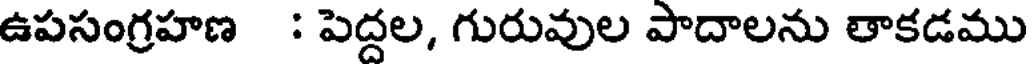
ఉపసంగ్రహణ : పెద్దల, గురువుల పాదాలను తాకడము